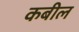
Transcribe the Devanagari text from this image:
कबील